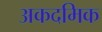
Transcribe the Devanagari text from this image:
अकदमिक